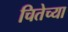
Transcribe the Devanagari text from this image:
चितेच्या